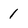
Character: 1